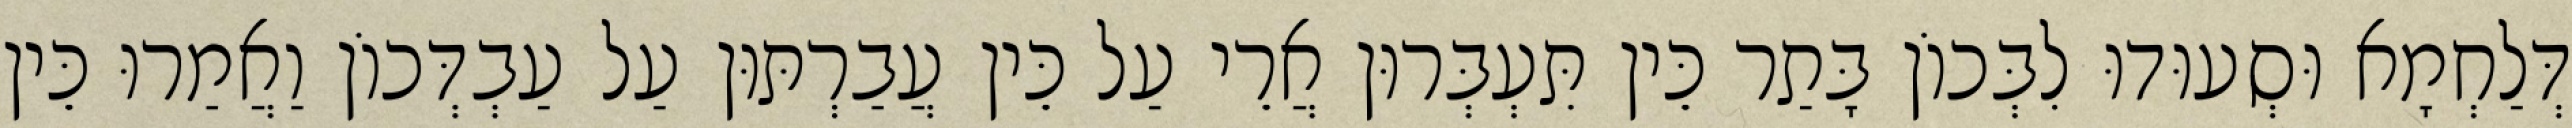
דְּלַחְמָא וּסְעוּדוּ לִבְּכוֹן בָּתַר כֵּין תִּעְבְּרוּן אֲרֵי עַל כֵּין עֲבַרְתּוּן עַל עַבְדְּכוֹן וַאֲמַרוּ כֵּין